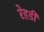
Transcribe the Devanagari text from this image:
रेहडी